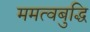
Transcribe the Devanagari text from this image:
ममत्वबुद्धि